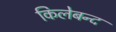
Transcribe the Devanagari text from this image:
किलेबन्द